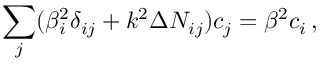
\sum _ { j } ( \beta _ { i } ^ { 2 } \delta _ { i j } + k ^ { 2 } \Delta N _ { i j } ) c _ { j } = \beta ^ { 2 } c _ { i } \, ,